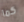
كما